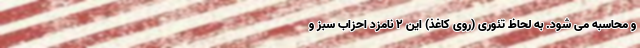
و محاسبه می شود. به لحاظ تئوری (روی کاغذ) این 2 نامزد احزاب سبز و